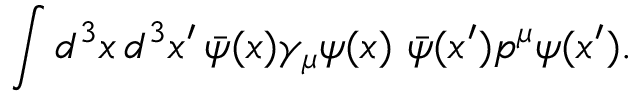
\int d ^ { 3 } x \, d ^ { 3 } x ^ { \prime } \, \bar { \psi } ( x ) \gamma _ { \mu } \psi ( x ) \, \, \bar { \psi } ( x ^ { \prime } ) p ^ { \mu } \psi ( x ^ { \prime } ) .